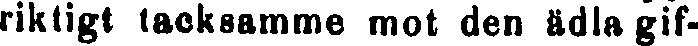
riktigt tacksamme mot den ädla gif-